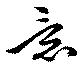
意